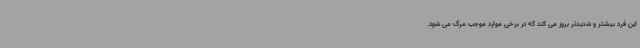
این فرد بیشتر و شدیدتر بروز می کند که در برخی موارد موجب مرگ می شود.